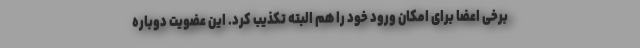
برخی اعضا برای امکان ورود خود را هم البته تکذیب کرد. این عضویت دوباره